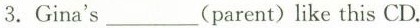
3.Gina's ___(parent) like this CD.